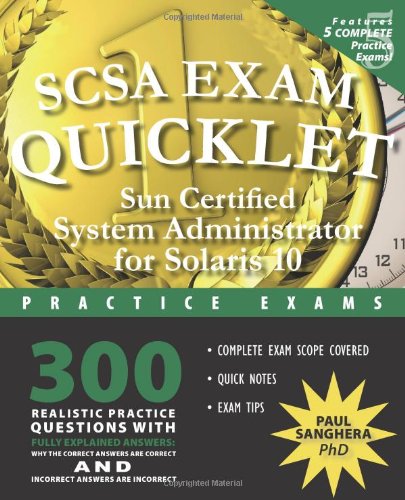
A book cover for SCSA Exam Quicklet: Sun Certified System Adminstrator for Solaris 10 Practice Exams; Paul Sanghera; Computers & Technology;